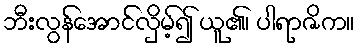
ဘီးလွန်အောင်လှိမ့်၍ ယူ၏၊ ပါရာဇိက။